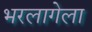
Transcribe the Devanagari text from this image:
भरलागेला